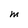
Character: M